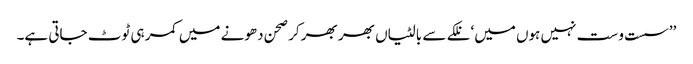
’’سست و ست نہیں ہوں میں‘ نلکے سے بالٹیاں بھر بھر کر صحن دھونے میں کمر ہی ٹوٹ جاتی ہے۔